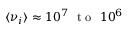
\langle \nu _ { i } \rangle \approx 1 0 ^ { 7 } ~ \mathrm { ~ t ~ o ~ } ~ 1 0 ^ { 6 }